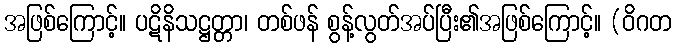
အဖြစ်ကြောင့်။ ပဋိနိသဋ္ဌတ္တာ၊ တစ်ဖန် စွန့်လွတ်အပ်ပြီး၏အဖြစ်ကြောင့်။ (ဝိဂတ